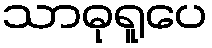
သာဓုရူပေ